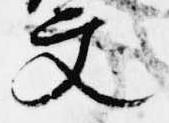
文